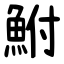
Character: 鮒